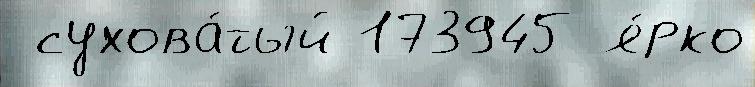
 сухова́тый 173945 я́рко